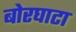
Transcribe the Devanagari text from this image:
बोरघाटा